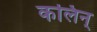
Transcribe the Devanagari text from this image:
कलिन्